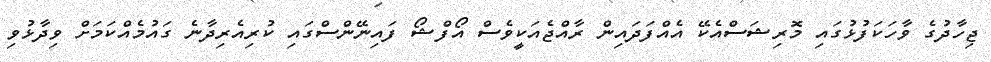
ޖިހާދުގެ ވާހަކަފުޅުގައި މޮރިޝަސްއެކޭ އެއްފަދައިން ރާއްޖެއަކީވެސް އޯފްޝޯ ފައިނޭންސްގައި ކުރިއެރިދާނެ ގައުމެއްކަމަށް ވިދާޅުވި